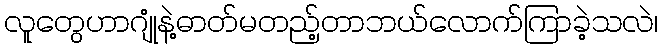
လူတွေဟာဂျုံနဲ့ဓာတ်မတည့်တာဘယ်လောက်ကြာခဲ့သလဲ၊